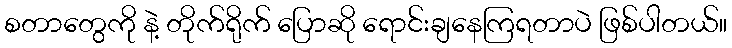
စတာတွေကို နဲ့ တိုက်ရိုက် ပြောဆို ရောင်းချနေကြရတာပဲ ဖြစ်ပါတယ်။